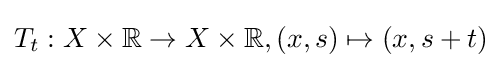
T_{t}:X\times \mathbb {R} \to X\times \mathbb {R} ,(x,s)\mapsto (x,s+t)